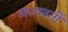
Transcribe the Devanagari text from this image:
मध्‍यवर्ती